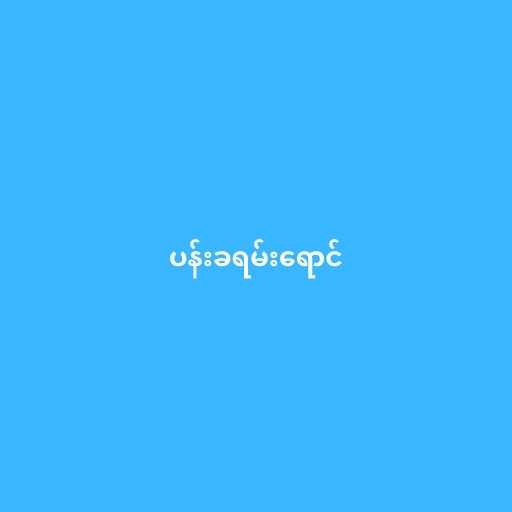
ပန်းခရမ်းရောင်